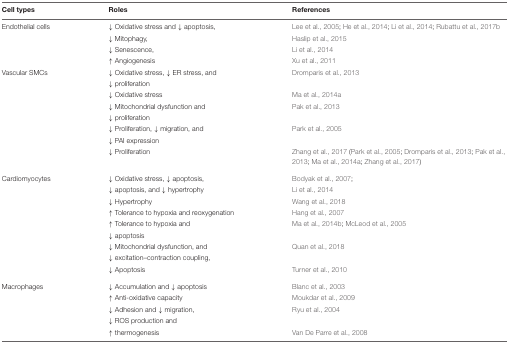
| Cell types | Roles | References |
 | --- | --- | --- |
 | Endothelial cells | ↓ Oxidative stress and ↓ apoptosis, | Lee et al., 2005; He et al., 2014; Li et al., 2014; Rubattu et al., 2017b |
 |  | ↓ Mitophagy, | Haslip et al., 2015 |
 |  | ↓ Senescence, | Li et al., 2014 |
 |  | ↑ Angiogenesis | Xu et al., 2011 |
 | Vascular SMCs | ↓ Oxidative stress, ↓ ER stress, and | Dromparis et al., 2013 |
 |  | ↓ proliferation |  |
 |  | ↓ Oxidative stress | Ma et al., 2014a |
 |  | ↓ Mitochondrial dysfunction and | Pak et al., 2013 |
 |  | ↓ proliferation |  |
 |  | ↓ Proliferation, ↓ migration, and | Park et al., 2005 |
 |  | ↓ PAI expression |  |
 |  | ↓ Proliferation | Zhang et al., 2017 (Park et al., 2005; Dromparis et al., 2013; Pak et al., 2013; Ma et al., 2014a; Zhang et al., 2017) |
 | Cardiomyocytes | ↓ Oxidative stress, ↓ apoptosis, | Bodyak et al., 2007; |
 |  | ↓ apoptosis, and ↓ hypertrophy | Li et al., 2014 |
 |  | ↓ Hypertrophy | Wang et al., 2018 |
 |  | ↑ Tolerance to hypoxia and reoxygenation | Hang et al., 2007 |
 |  | ↑ Tolerance to hypoxia and | Ma et al., 2014b; McLeod et al., 2005 |
 |  | ↓ apoptosis |  |
 |  | ↓ Mitochondrial dysfunction, and | Quan et al., 2018 |
 |  | ↓ excitation–contraction coupling, |  |
 |  | ↓ Apoptosis | Turner et al., 2010 |
 | Macrophages | ↓ Accumulation and ↓ apoptosis | Blanc et al., 2003 |
 |  | ↑ Anti-oxidative capacity | Moukdar et al., 2009 |
 |  | ↓ Adhesion and ↓ migration, | Ryu et al., 2004 |
 |  | ↓ ROS production and |  |
 |  | ↑ thermogenesis | Van De Parre et al., 2008 |